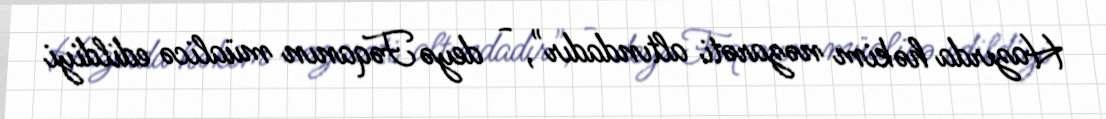
Hazırda həkim nəzarəti altındadır", - deyə Fəqanın müalicə edildiyi